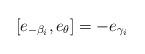
LaTeX: \begin{align*}[e_{-\beta_i}, e_{\theta}] = - e_{\gamma_i} \end{align*}